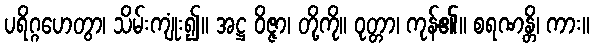
ပရိဂ္ဂဟေတွာ၊ သိမ်းကျုံး၍။ အဋ္ဌ ဝိဇ္ဇာ၊ တို့ကို။ ဝုတ္တာ၊ ကုန်၏။ စရဏန္တိ၊ ကား။